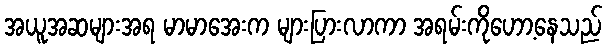
အယူအဆများအရ မာမာအေးက များပြားလာကာ အရမ်းကိုဟော့နေသည်